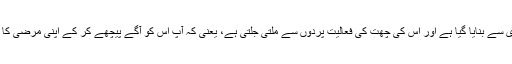
اِس کا مرکزی ڈھانچہ لکڑی سے بنایا گیا ہے اور اِس کی چھت کی فعالیت پردوں سے ملتی جُلتی ہے، یعنی کہ آپ اِس کو آگے پیچھے کر کے اپنی مرضی کا سایہ حاصل کر سکتے ہیں۔